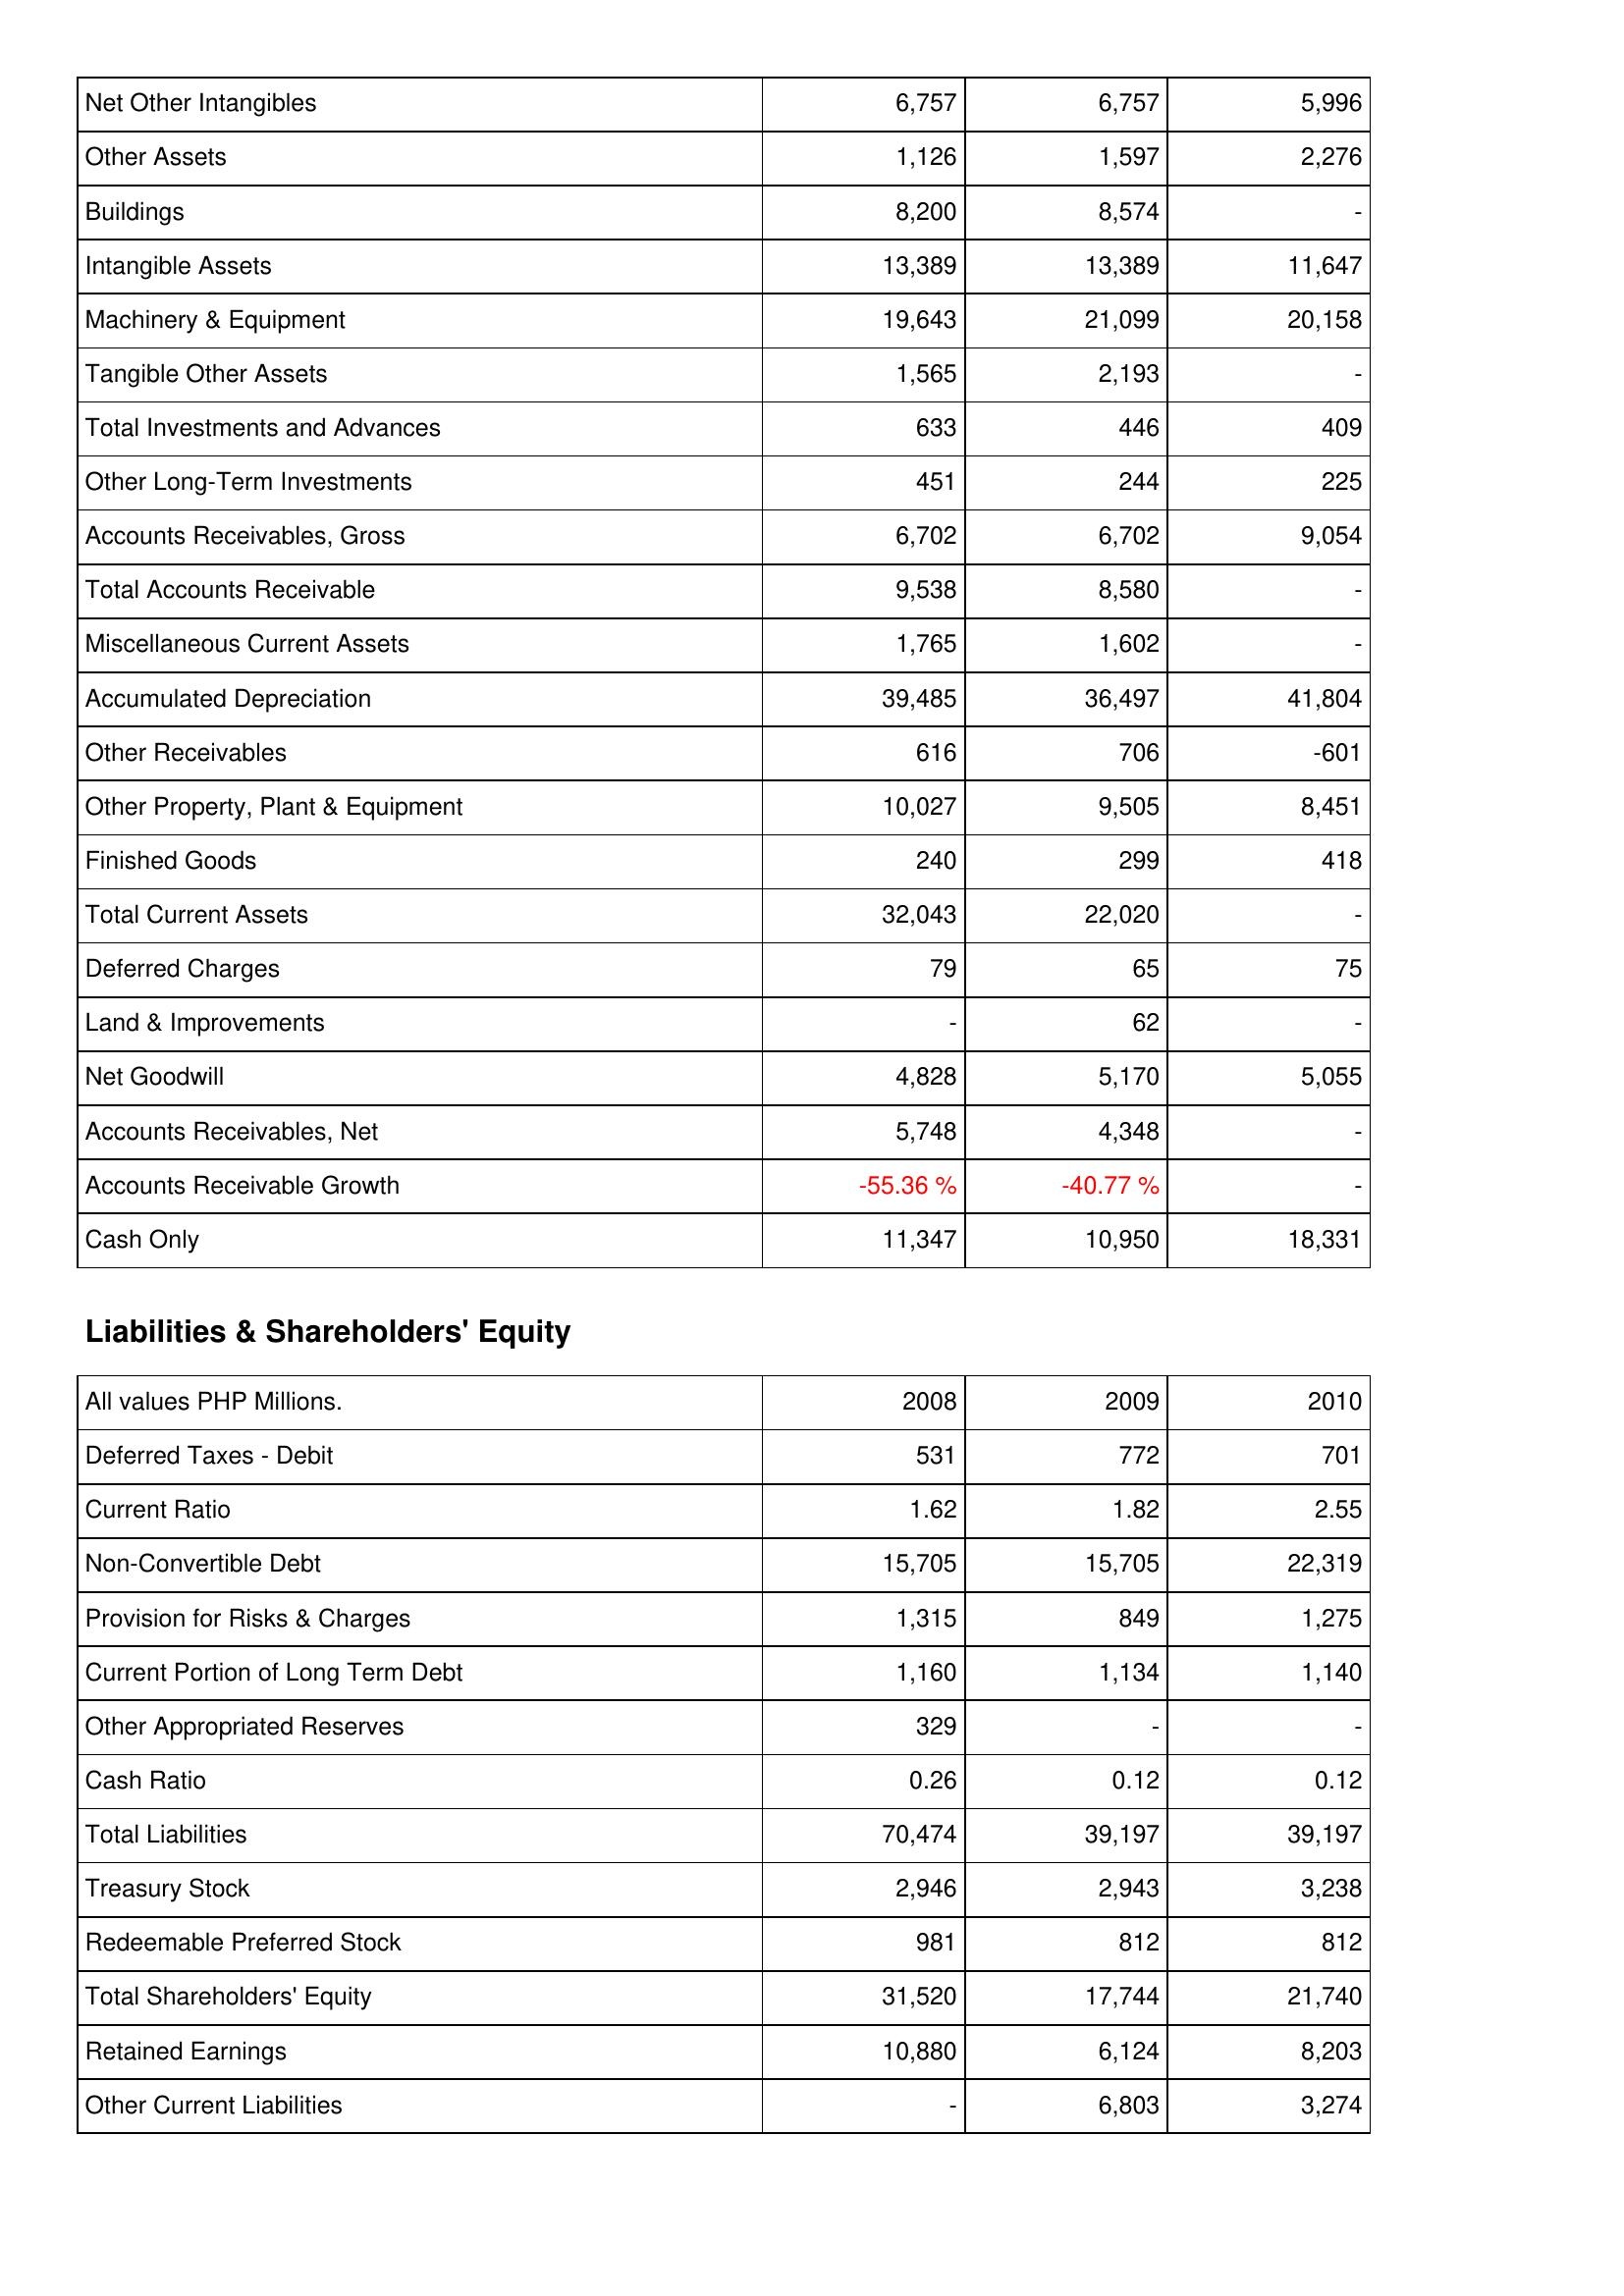
2008: Assets: Net Other Intangibles: 6,757
Other Assets: 1,126
Buildings: 8,200
Intangible Assets: 13,389
Machinery & Equipment: 19,643
Tangible Other Assets: 1,565
Total Investments and Advances: 633
Other Long-Term Investments: 451
Accounts Receivables, Gross: 6,702
Total Accounts Receivable: 9,538
Miscellaneous Current Assets: 1,765
Accumulated Depreciation: 39,485
Other Receivables: 616
Other Property, Plant & Equipment: 10,027
Finished Goods: 240
Total Current Assets: 32,043
Deferred Charges: 79
Land & Improvements: -
Net Goodwill: 4,828
Accounts Receivables, Net: 5,748
Accounts Receivable Growth: -55.36 %
Cash Only: 11,347
Liabilities & Shareholders' Equity: Deferred Taxes - Debit: 531
Current Ratio: 1.62
Non-Convertible Debt: 15,705
Provision for Risks & Charges: 1,315
Current Portion of Long Term Debt: 1,160
Other Appropriated Reserves: 329
Cash Ratio: 0.26
Total Liabilities: 70,474
Treasury Stock: 2,946
Redeemable Preferred Stock: 981
Total Shareholders' Equity: 31,520
Retained Earnings: 10,880
Other Current Liabilities: -
2009: Assets: Net Other Intangibles: 6,757
Other Assets: 1,597
Buildings: 8,574
Intangible Assets: 13,389
Machinery & Equipment: 21,099
Tangible Other Assets: 2,193
Total Investments and Advances: 446
Other Long-Term Investments: 244
Accounts Receivables, Gross: 6,702
Total Accounts Receivable: 8,580
Miscellaneous Current Assets: 1,602
Accumulated Depreciation: 36,497
Other Receivables: 706
Other Property, Plant & Equipment: 9,505
Finished Goods: 299
Total Current Assets: 22,020
Deferred Charges: 65
Land & Improvements: 62
Net Goodwill: 5,170
Accounts Receivables, Net: 4,348
Accounts Receivable Growth: -40.77 %
Cash Only: 10,950
Liabilities & Shareholders' Equity: Deferred Taxes - Debit: 772
Current Ratio: 1.82
Non-Convertible Debt: 15,705
Provision for Risks & Charges: 849
Current Portion of Long Term Debt: 1,134
Other Appropriated Reserves: -
Cash Ratio: 0.12
Total Liabilities: 39,197
Treasury Stock: 2,943
Redeemable Preferred Stock: 812
Total Shareholders' Equity: 17,744
Retained Earnings: 6,124
Other Current Liabilities: 6,803
2010: Assets: Net Other Intangibles: 5,996
Other Assets: 2,276
Buildings: -
Intangible Assets: 11,647
Machinery & Equipment: 20,158
Tangible Other Assets: -
Total Investments and Advances: 409
Other Long-Term Investments: 225
Accounts Receivables, Gross: 9,054
Total Accounts Receivable: -
Miscellaneous Current Assets: -
Accumulated Depreciation: 41,804
Other Receivables: -601
Other Property, Plant & Equipment: 8,451
Finished Goods: 418
Total Current Assets: -
Deferred Charges: 75
Land & Improvements: -
Net Goodwill: 5,055
Accounts Receivables, Net: -
Accounts Receivable Growth: -
Cash Only: 18,331
Liabilities & Shareholders' Equity: Deferred Taxes - Debit: 701
Current Ratio: 2.55
Non-Convertible Debt: 22,319
Provision for Risks & Charges: 1,275
Current Portion of Long Term Debt: 1,140
Other Appropriated Reserves: -
Cash Ratio: 0.12
Total Liabilities: 39,197
Treasury Stock: 3,238
Redeemable Preferred Stock: 812
Total Shareholders' Equity: 21,740
Retained Earnings: 8,203
Other Current Liabilities: 3,274